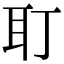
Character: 耵